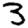
Digit: 3